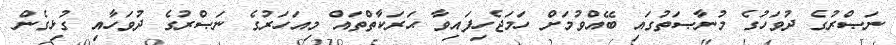
ނަޞްރުގެ ދުވަހުގެ މުނާޞަތުގައި ބޭއްވުމަށް ހަމަޖެހިފައިވާ ޙަރަކާތްތައް މިއަހަރުގެ ނަޞްރުގެ ދުވަހާއި ގުޅިގެން